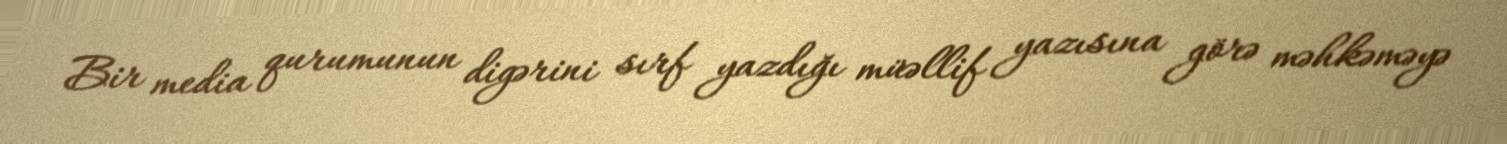
Bir media qurumunun digərini sırf yazdığı müəllif yazısına görə məhkəməyə